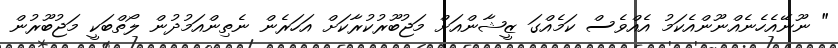
" ނޫނޭއެހެނެއްނޫންއެކަމު އެއްވެސް ކަމެއްގަ ޒީޝާންއަށް މަޖުބޫރުކުރާކަށް އަހަރެން ނެތިންއަމުދުން ލޯތްބަކީ މަޖުބޫރުން